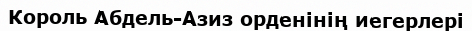
Король Абдель-Азиз орденінің иегерлері